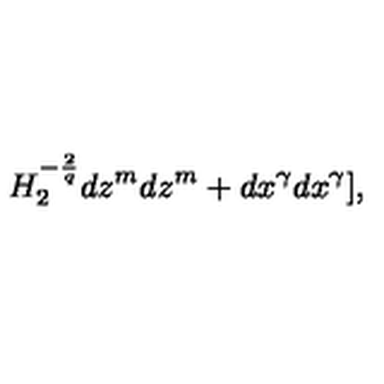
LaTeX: H _ { 2 } ^ { - \frac { 2 } { q } } d z ^ { m } d z ^ { m } + d x ^ { \gamma } d x ^ { \gamma } ] ,